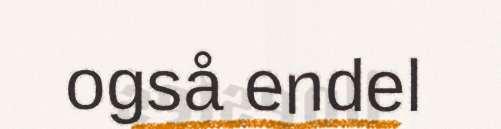
også endel